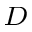
_ D